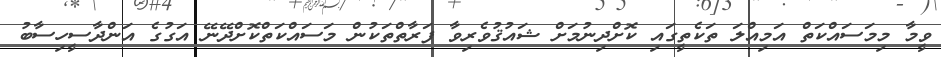
ވީމާ މިމަސައްކަތް އަމިއްލަ ތަކެތީގައި ކޮށްދިނުމަށް ޝައުޤުވެރިވާ ފަރާތްތަކުން މަސައްކަތްކޮށްދޭނޭ އަގުގެ އަންދާސީހިސާބު